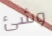
وشئ